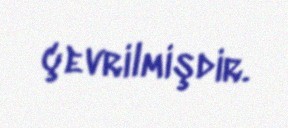
çevrilmişdir.